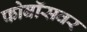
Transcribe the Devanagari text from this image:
फोबॉसवर